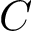
C